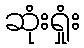
ဆုံးရှုံး